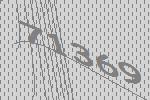
71369